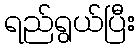
ရည်ရွယ်ပြီး